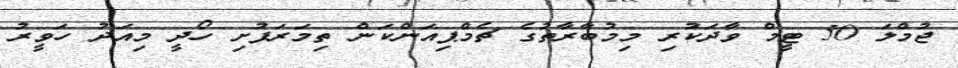
ޖުމްލަ 50 ޓީމް ވާދަކުރި މިމުބާރާތުގެ ޗެމްޕިއަންކަން ތިމަރަފުށި ހޯދީ މިއަދު ހަވީރު